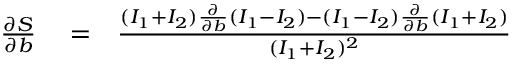
\begin{array} { r l r } { \frac { \partial S } { \partial b } } & { { } = } & { \frac { ( I _ { 1 } + I _ { 2 } ) \frac { \partial } { \partial b } ( I _ { 1 } - I _ { 2 } ) - ( I _ { 1 } - I _ { 2 } ) \frac { \partial } { \partial b } ( I _ { 1 } + I _ { 2 } ) } { ( I _ { 1 } + I _ { 2 } ) ^ { 2 } } } \end{array}